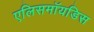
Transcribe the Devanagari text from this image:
एलिसमॉयडिस